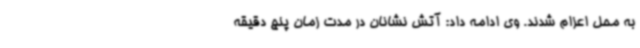
به محل اعزام شدند. وی ادامه داد: آتش نشانان در مدت زمان پنج دقیقه